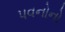
પવનોનો